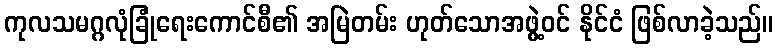
ကုလသမဂ္ဂလုံခြုံရေးကောင်စီ၏ အမြဲတမ်း ဟုတ်သောအဖွဲ့ဝင် နိုင်ငံ ဖြစ်လာခဲ့သည်။